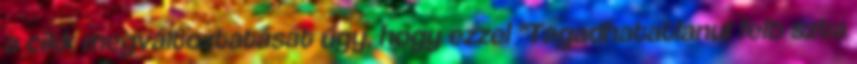
a cikk megváltoztatását úgy, hogy ezzel "Tagadhatatlanul felb szta